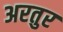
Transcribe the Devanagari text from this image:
अरतुर